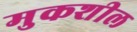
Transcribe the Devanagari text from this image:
मुकशील